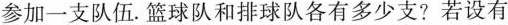
参加一支队伍。篮球队和排球队各有多少支?若设有